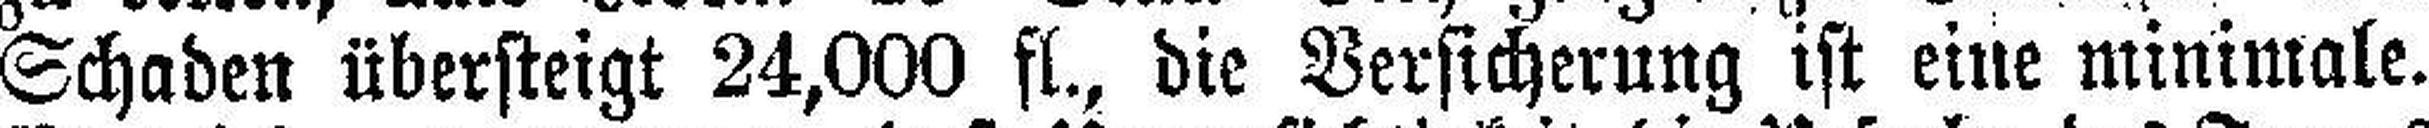
Schaden übersteigt 24,000 fl., die Versicherung ist eine minimale.